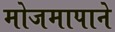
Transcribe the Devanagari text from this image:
मोजमापाने